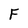
Character: F